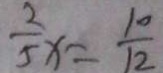
\frac { 2 } { 5 } x = \frac { 1 0 } { 1 2 }